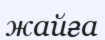
жайға